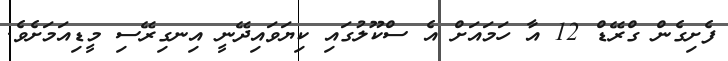
ފެށިގެން ގްރޭޑް 12 އާ ހަމައަށް އެ ސްކޫލުގައި ކިޔަވައިދޭނީ އިނގިރޭސި މީޑިއަމަށެވެ.